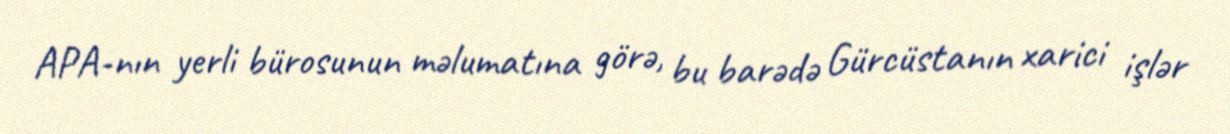
APA-nın yerli bürosunun məlumatına görə, bu barədə Gürcüstanın xarici işlər